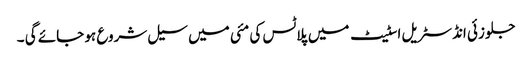
جلوزئی انڈسٹریل اسٹیٹ میں پلاٹس کی مئی میں سیل شروع ہو جائے گی ۔